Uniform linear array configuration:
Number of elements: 16
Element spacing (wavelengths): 0.75
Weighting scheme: cosine
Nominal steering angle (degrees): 30
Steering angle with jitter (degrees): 30.3
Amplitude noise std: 0.05
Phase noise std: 0.05

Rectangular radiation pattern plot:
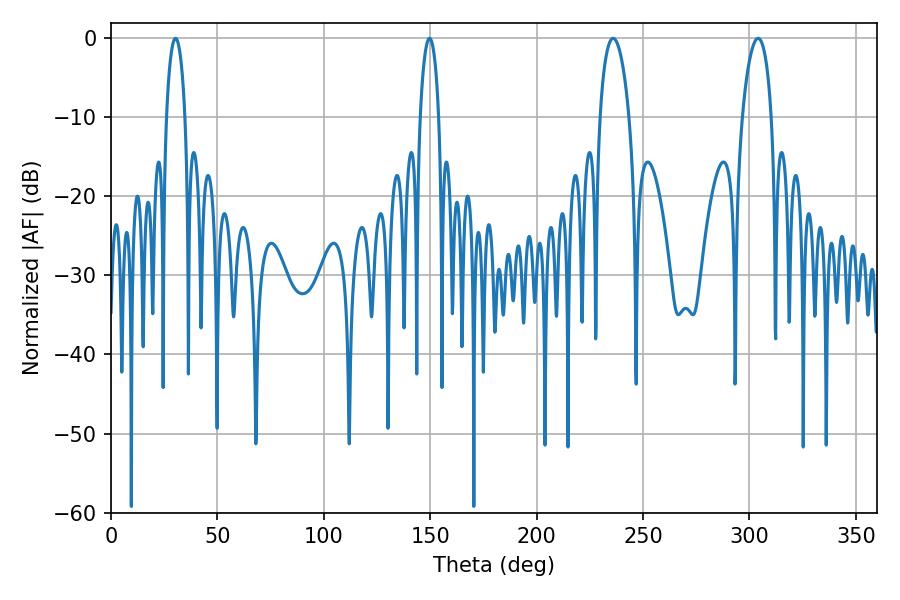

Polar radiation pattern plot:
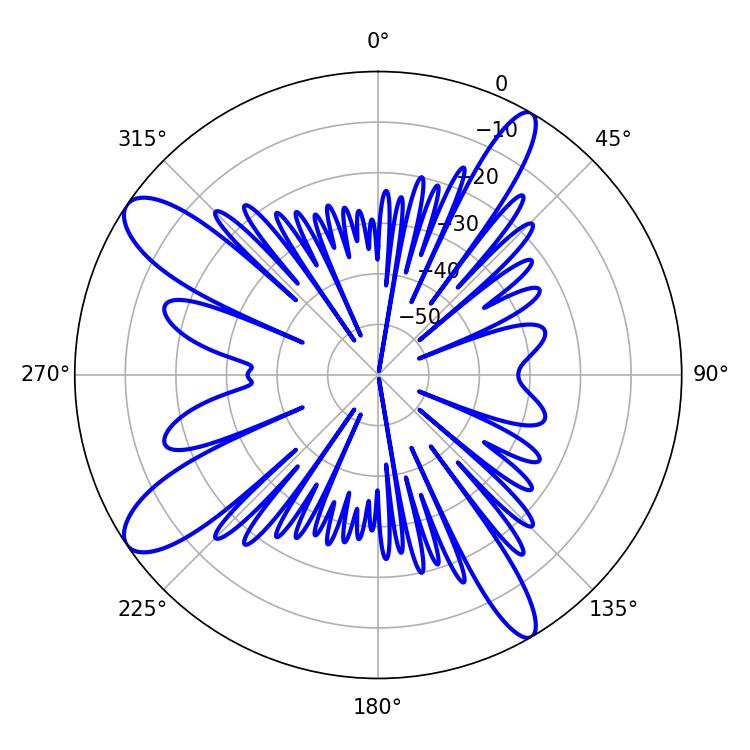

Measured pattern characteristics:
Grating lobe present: TRUE
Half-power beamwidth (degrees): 7.92
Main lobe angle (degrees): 235.98